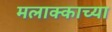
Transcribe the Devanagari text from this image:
मलाक्काच्या